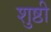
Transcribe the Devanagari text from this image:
शुष्ठी